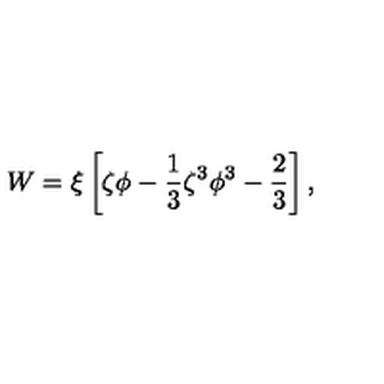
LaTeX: W = \xi \left[ \zeta \phi - { \frac { 1 } { 3 } } \zeta ^ { 3 } \phi ^ { 3 } - { \frac { 2 } { 3 } } \right] ,